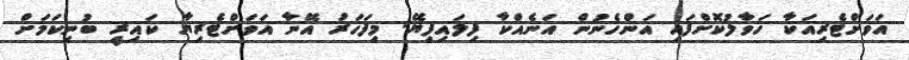
އަވަށްޓެރިއަކާ ހަވާލުކޮށްފައި އަންހެނުން އަނެއްކާ ފިލައިފިޔޭ. މިފަހަރު އޭނާ އަވަށްޓެރިޔާ ކައިރީ ބުނިކަމަށް